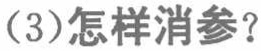
(3)怎样消参？